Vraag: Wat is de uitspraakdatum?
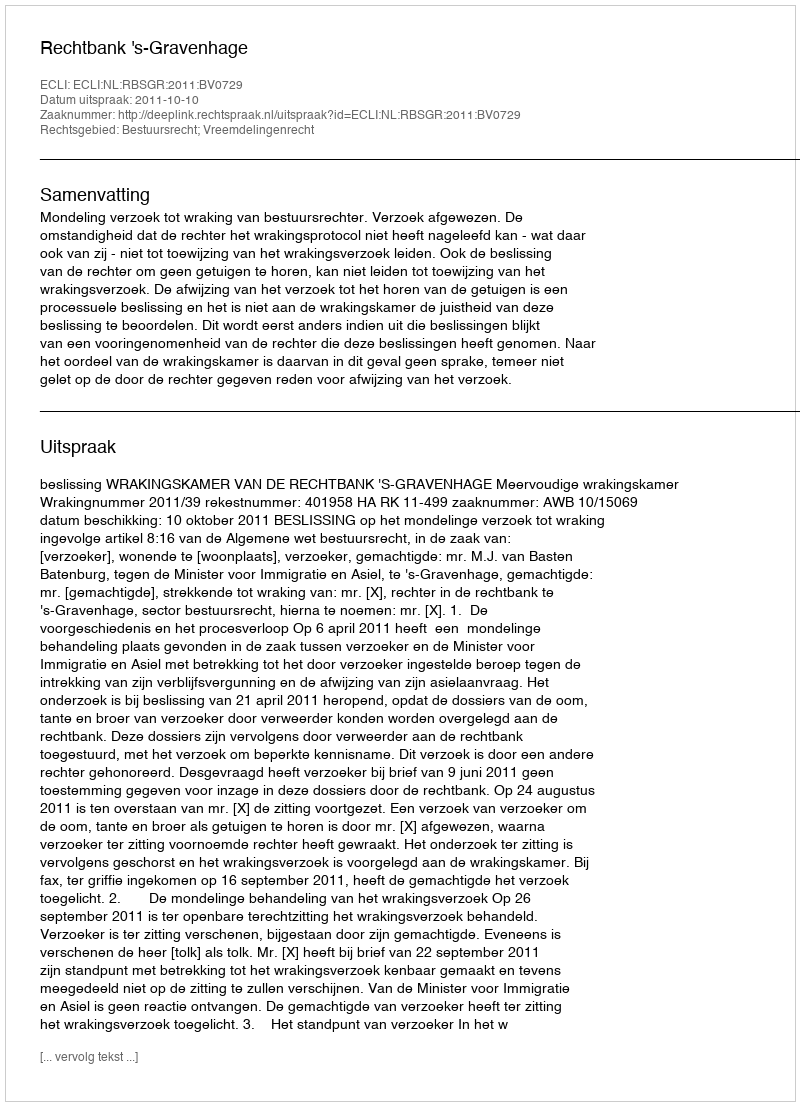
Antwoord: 2011-10-10